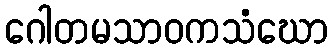
ဂေါတမသာဝကသံဃော